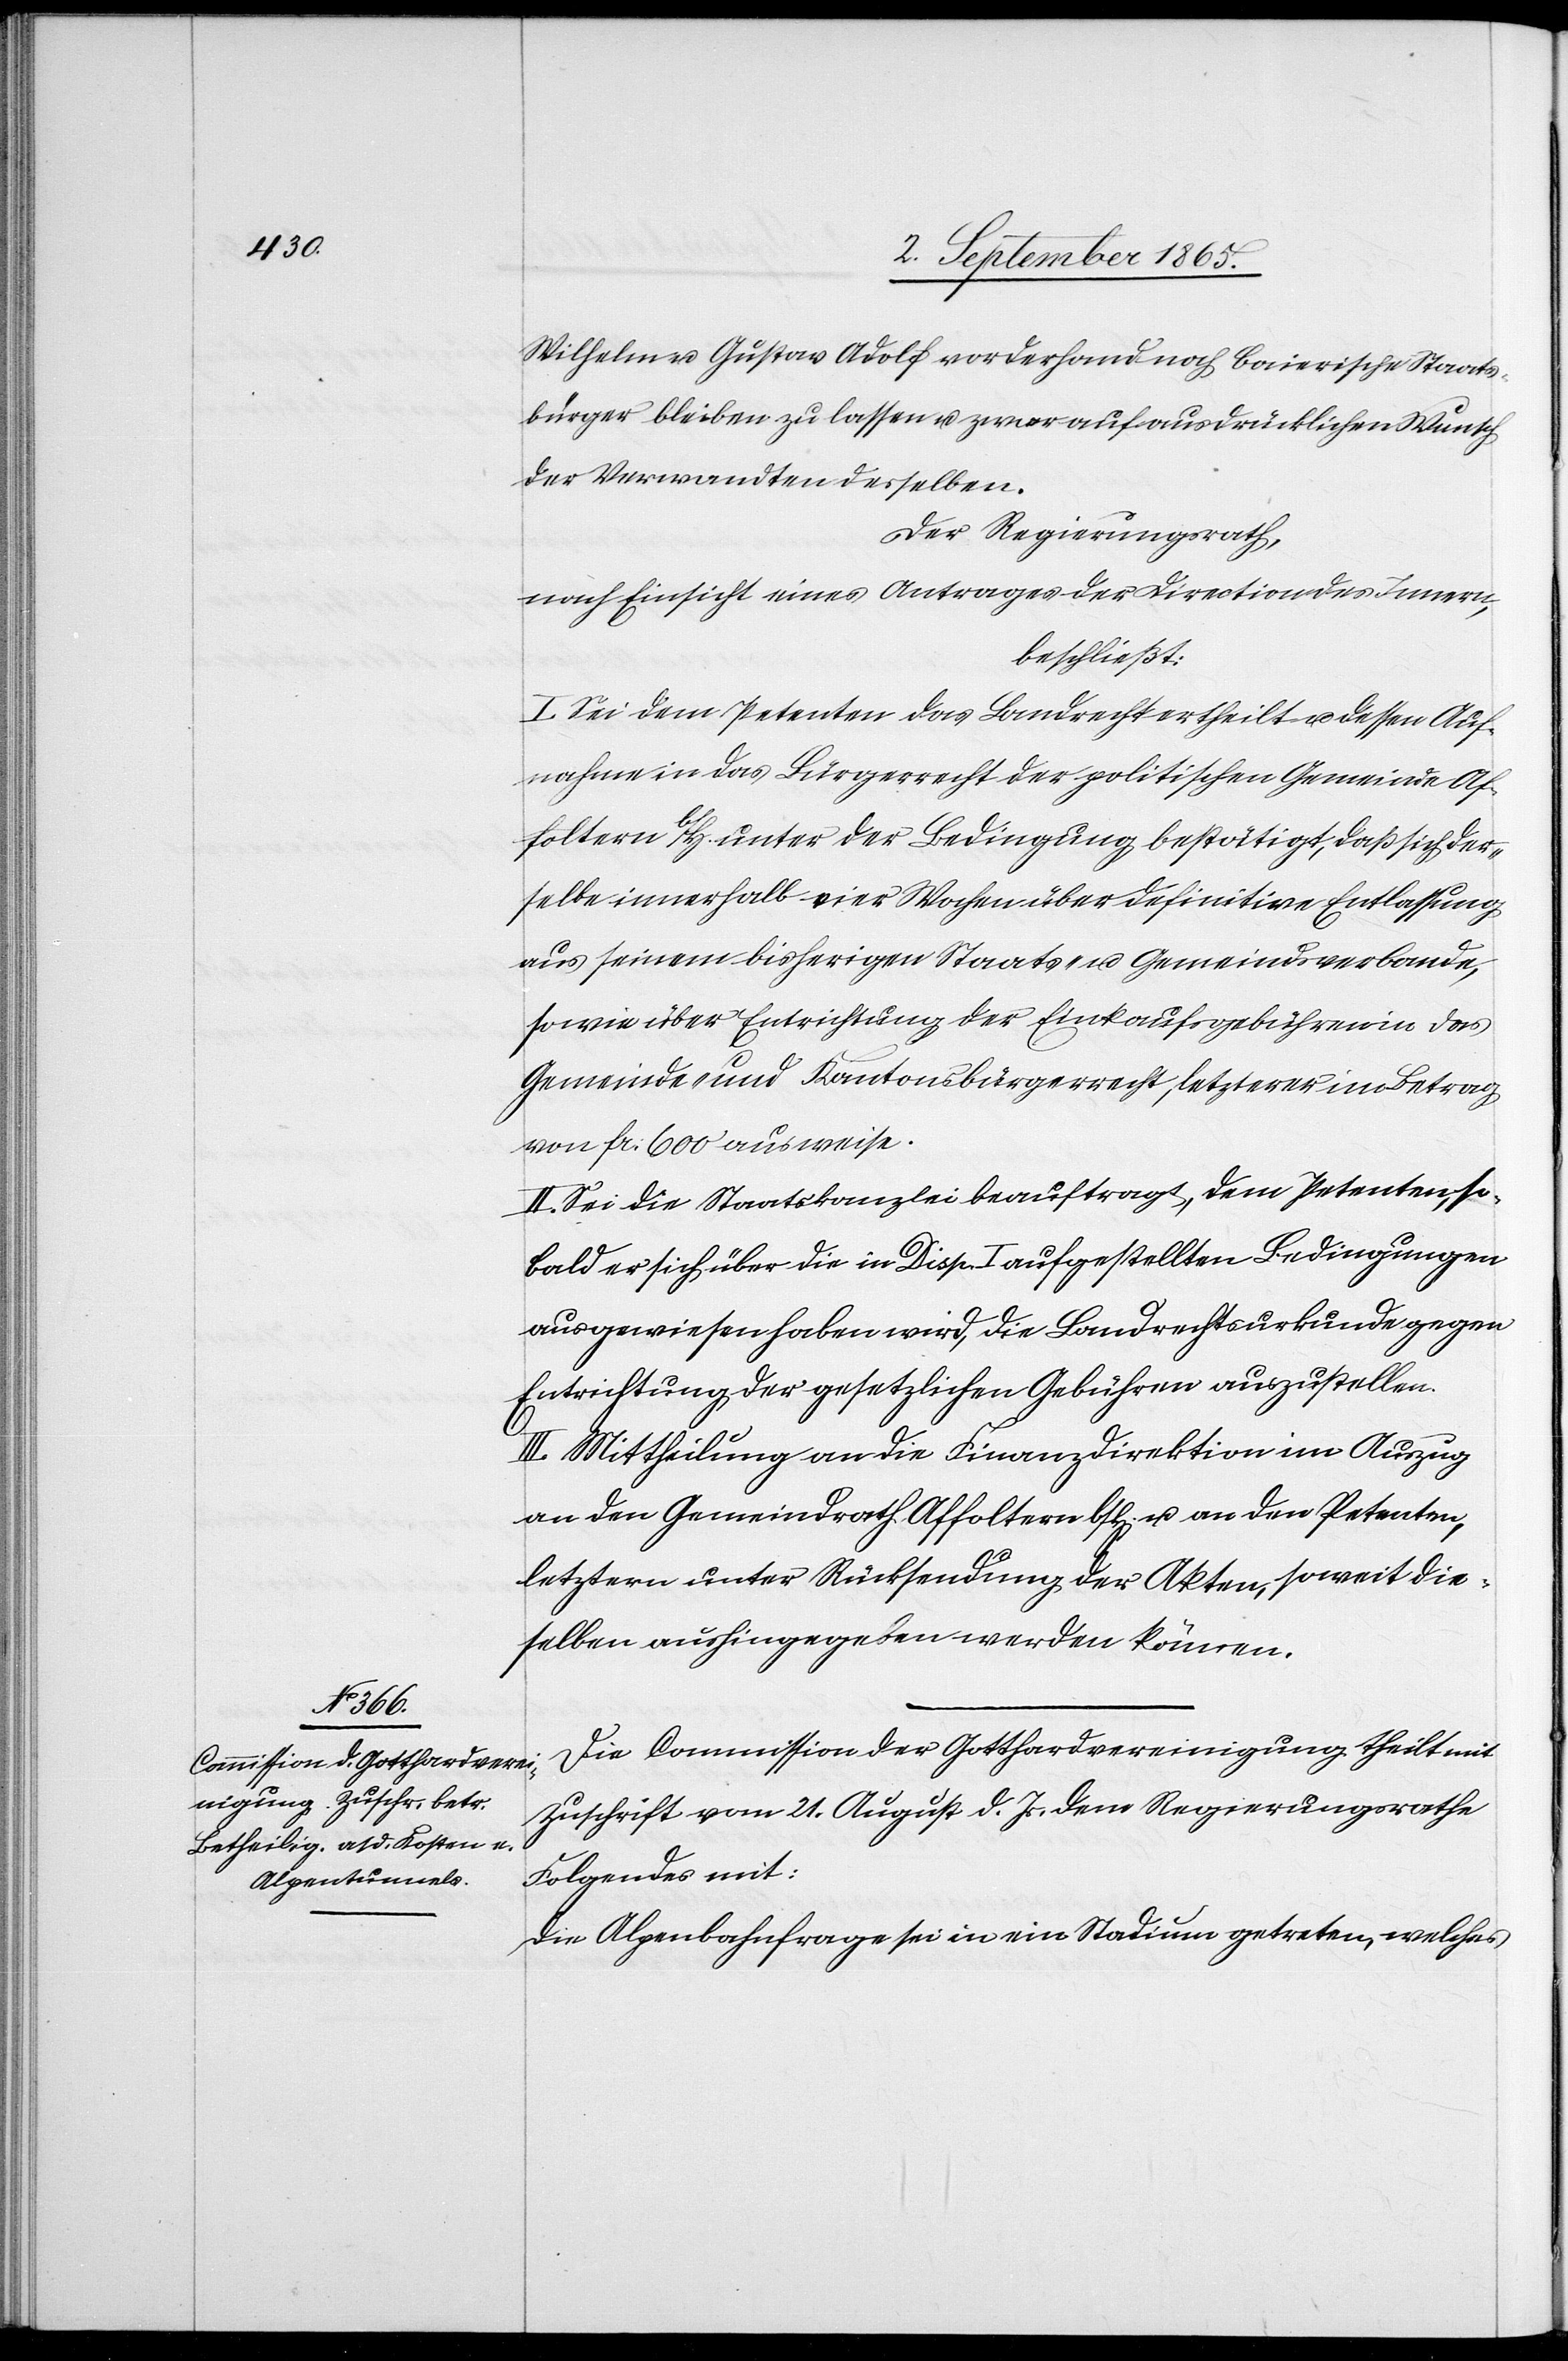
Wilhelm u. Gustav Adolf vorderhand noch baierische Staats¬
bürger bleiben zu lassen u. zwar auf ausdrücklichen Wunsch
der Verwandten desselben.
Der Regierungsrath,
nach Einsicht eines Antrages der Direction des Innern,
beschließt:
I. Sei dem Petenten das Landrecht ertheilt u. dessen Auf¬
nahme in das Bürgerrecht der politischen Gemeinde Af¬
foltern b/H. unter der Bedingung bestätigt, daß sich der¬
selbe innerhalb vier Wochen über definitive Entlassung
aus seinem bisherigen Staats- u. Gemeindsverbande,
sowie über Entrichtung der Einkaufsgebühren in das
Gemeinde- und Kantonsbürgerrecht, letzterer im Betrag
von fr. 600 ausweise.
II. Sei die Staatskanzlei beauftragt, dem Petenten, so¬
bald er sich über die in Disp. I aufgestellten Bedingungen
ausgewiesen haben wird, die Landrechtsurkunde gegen
Entrichtung der gesetzlichen Gebühren auszustellen.
III. Mittheilung an die Finanzdirektion im Auszug
an den Gemeindrath Affoltern b/H. u. an den Petenten,
letztern unter Rücksendung der Akten, soweit die¬
selben aushingegeben werden können.